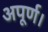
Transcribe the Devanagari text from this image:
अपूर्ण।